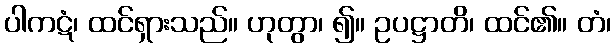
ပါကဋံ၊ ထင်ရှားသည်။ ဟုတွာ၊ ၍။ ဥပဋ္ဌာတိ၊ ထင်၏။ တံ၊